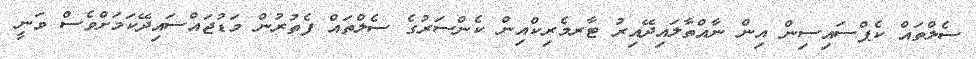
ސެލްތައް ކެޕްސައިސިން އިން ނާއްތާލައިދޭއިރު ޓާރމެރިކްއިން ކެންސަރުގެ ސެލްތައް ފެތުރުން މަޑުޖައްސައިދޭކަމަށްވެސް ވަނީ